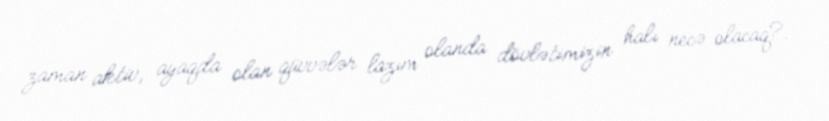
zaman aktiv, ayaqda olan qüvvələr lazım olanda dövlətimizin halı necə olacaq?.